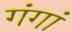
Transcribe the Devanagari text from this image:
गंगां